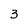
Character: 3